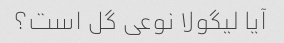
آیا لیگولا نوعی گل است؟